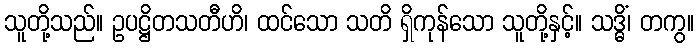
သူတို့သည်။ ဥပဋ္ဌိတသတီဟိ၊ ထင်သော သတိ ရှိကုန်သော သူတို့နှင့်။ သဒ္ဓိံ၊ တကွ။